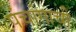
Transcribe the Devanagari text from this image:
पंचांगाची